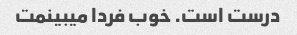
درست است. خوب فردا میبینمت